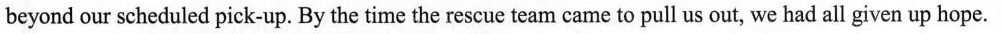
beyond our scheduled pick-up. By the time the rescue team came to pull us out, we had all given up hope.